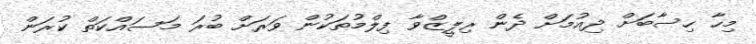
މިހާ ހިސާބަށް ދިއުމަށް ދެން ރިލީޒްވާ ފިލްމުތަކުން ވަރަށް ބުރަ މަސައްކަތް ކުރަން